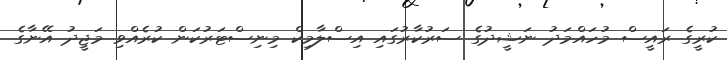
ކުރީގެ ރައީސް މުހައްމަދު ނަޝީދުގެ ސަރުކާރުގައި އިސްލާމިކް މިނިސްޓަރުކަން ކުރެއްވި މަޖީދު އޭނާގެ